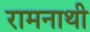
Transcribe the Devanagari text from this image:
रामनाथी